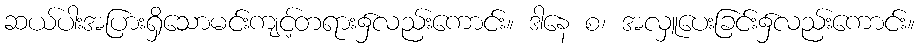
ဆယ်ပါးအပြားရှိသောမင်းကျင့်တရား၌လည်းကောင်း။ ဒါနေ စ၊ အလှူပေးခြင်း၌လည်းကောင်း။